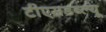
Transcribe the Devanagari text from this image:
टीएसडब्ल्यू